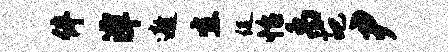
伴潭遨宜促怡禹葩尹